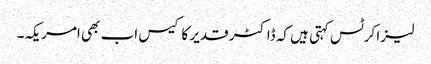
لیزا کرٹس کہتی ہیں کہ ڈاکٹر قدیر کا کیس اب بھی امریکہ۔